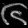
Digit: ၆